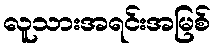
လူသားအရင်းအမြစ်